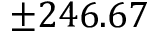
\pm 2 4 6 . 6 7